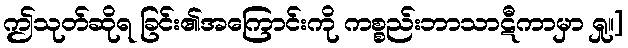
ဤသုတ်ဆိုရ ခြင်း၏အကြောင်းကို ကစ္စည်းဘာသာဋီကာမှာ ရှု။]